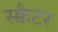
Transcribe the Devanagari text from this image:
स्क्वैटर